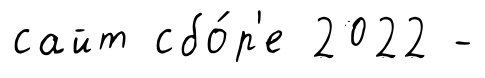
сайт сбо́р'е 2022 -